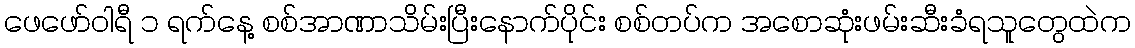
ဖေဖော်ဝါရီ ၁ ရက်နေ့ စစ်အာဏာသိမ်းပြီးနောက်ပိုင်း စစ်တပ်က အစောဆုံးဖမ်းဆီးခံရသူတွေထဲက